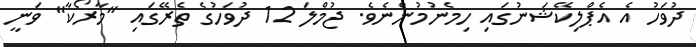
ދުވަހު އެ އެޕްލިކޭޝަނުގައި ހިމެނުމުންނެވެ. ޖުމްލަ 12 ދުވަހުގެ ތެރޭގައި "މާރޯކާ" ވަނީ